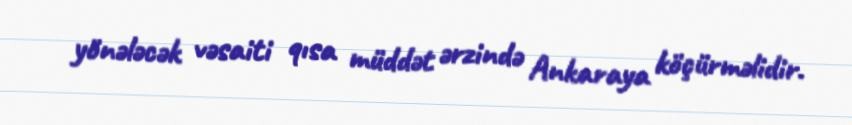
yönələcək vəsaiti qısa müddət ərzində Ankaraya köçürməlidir.